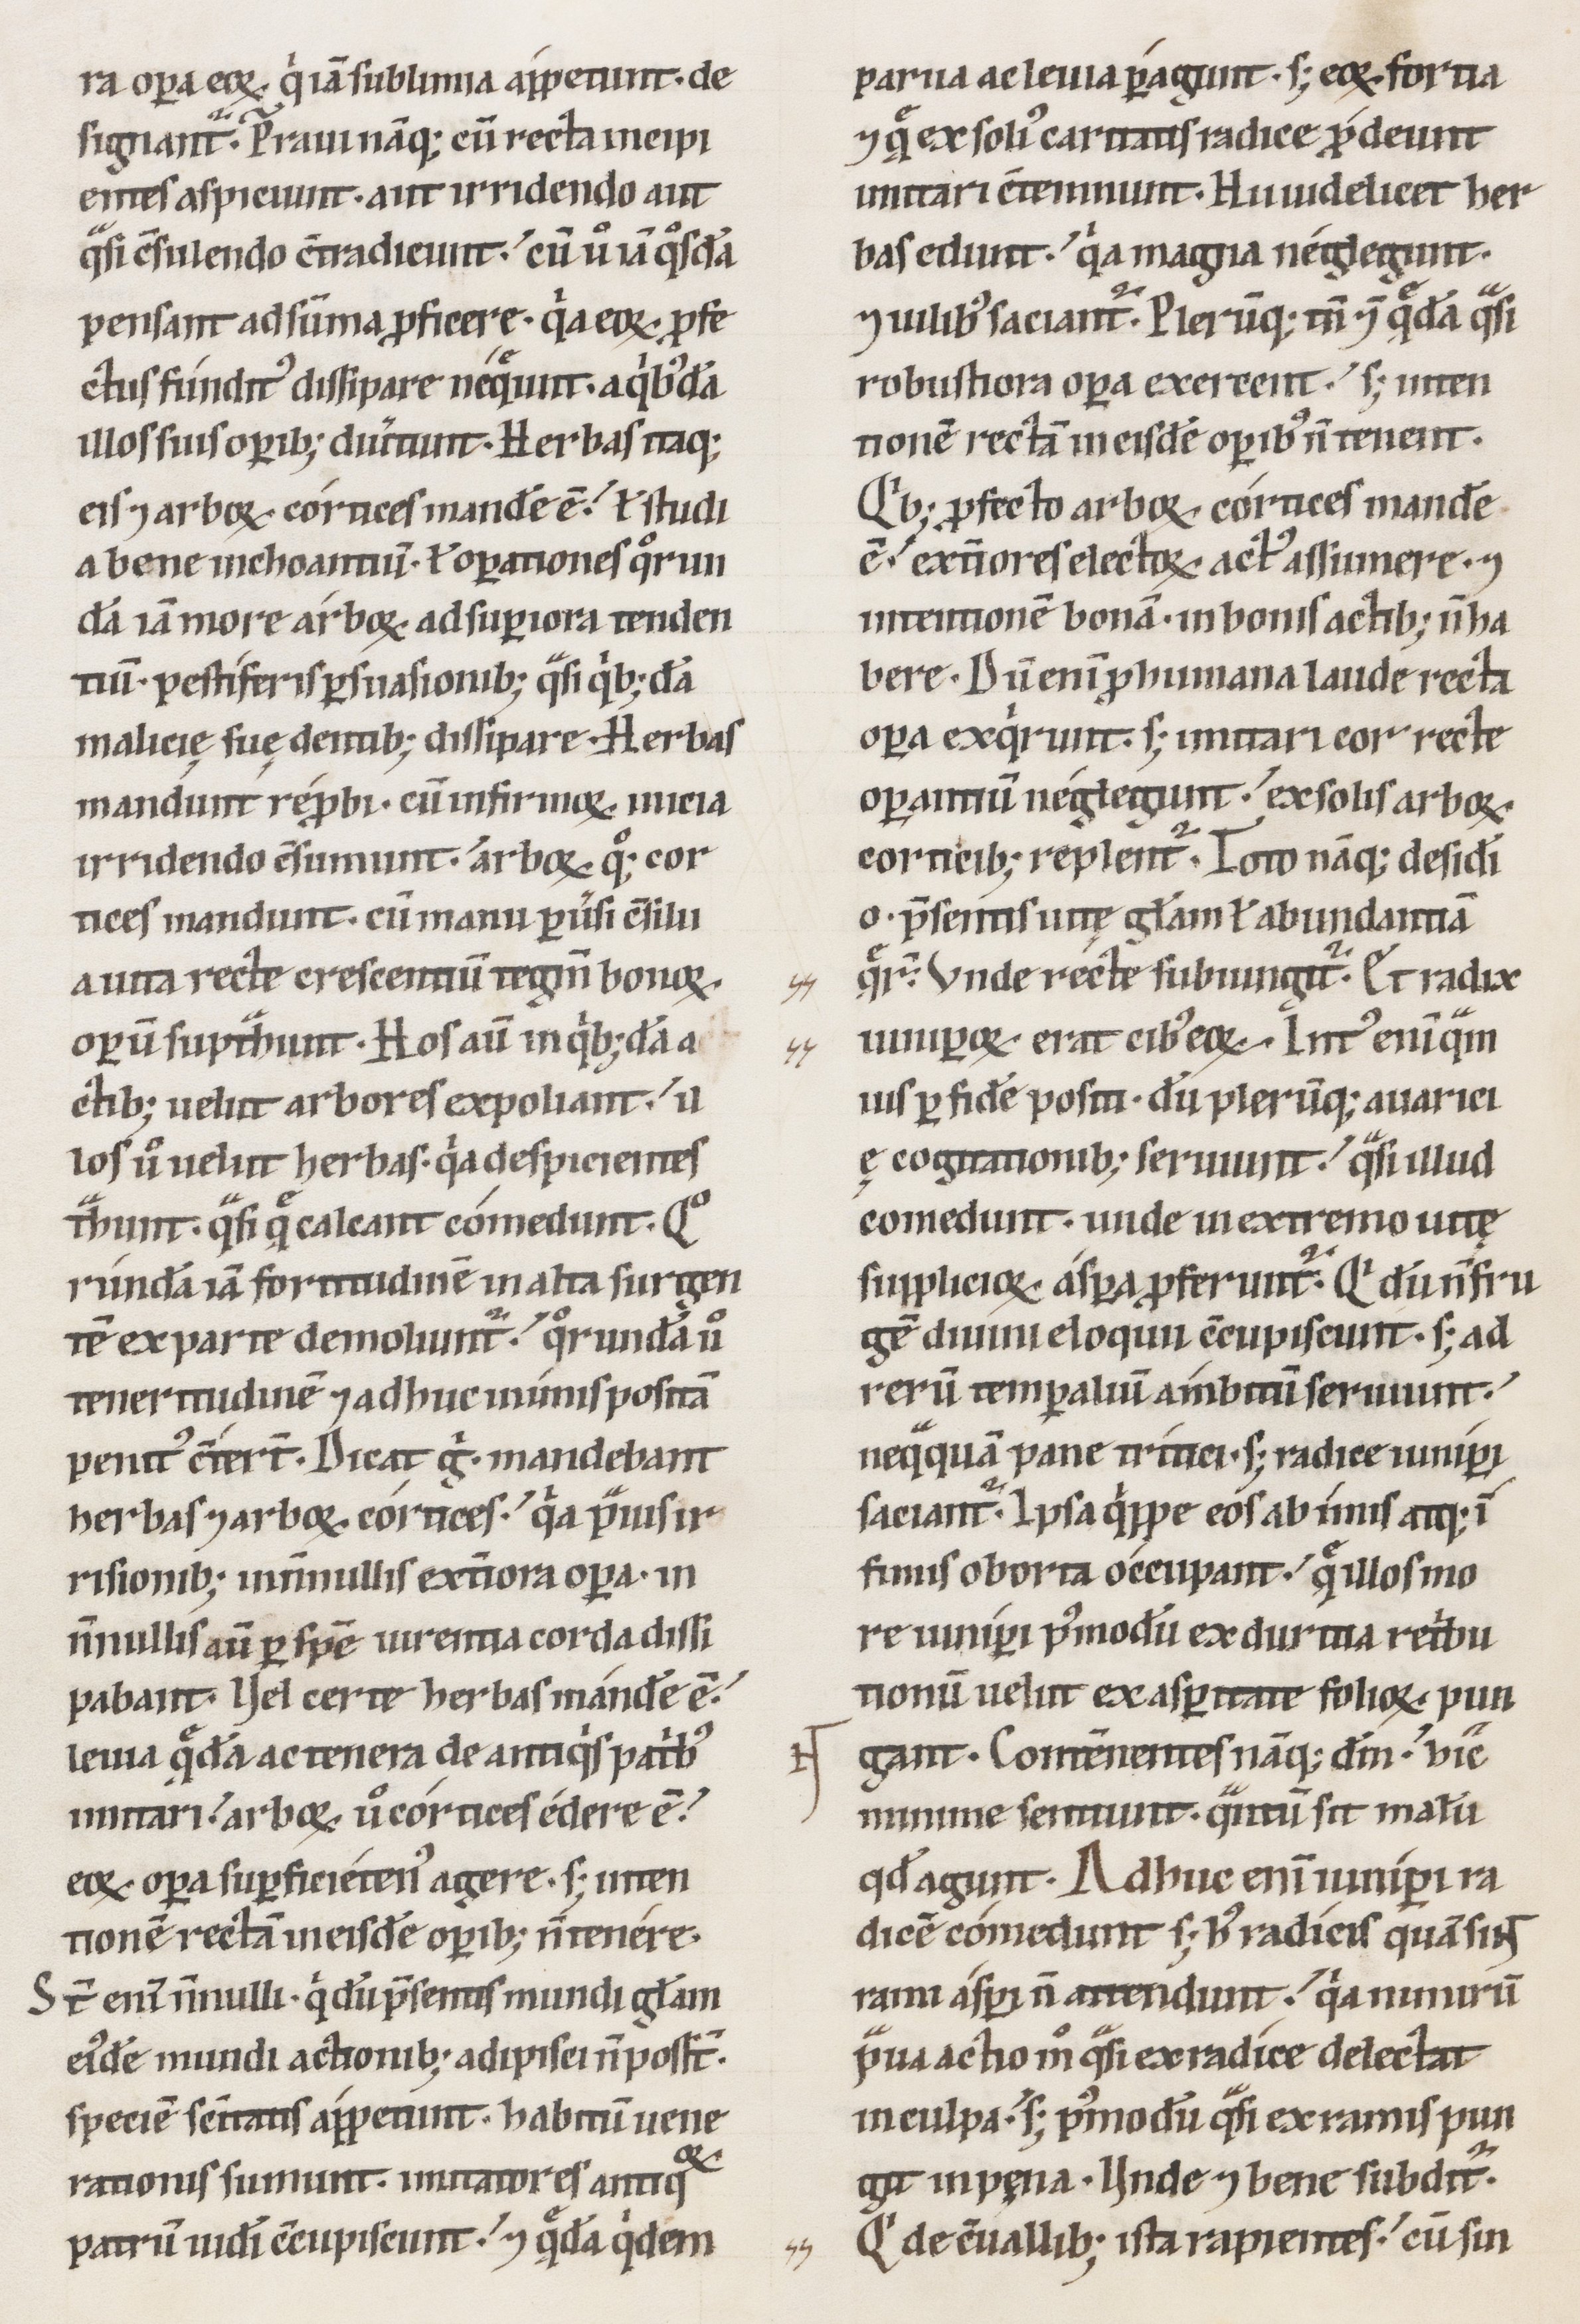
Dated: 1100–1199